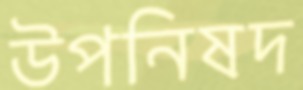
উপনিষদ